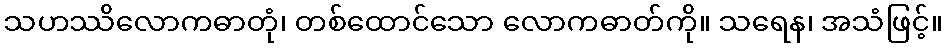
သဟဿိလောကဓာတုံ၊ တစ်ထောင်သော လောကဓာတ်ကို။ သရေန၊ အသံဖြင့်။